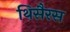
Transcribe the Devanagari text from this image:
थिसैरस